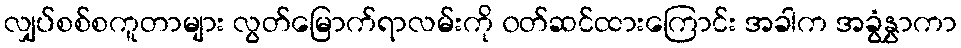
လျှပ်စစ်စကူတာများ လွတ်မြောက်ရာလမ်းကို ၀တ်ဆင်ထားကြောင်း အခါက အခွံနွှာကာ